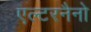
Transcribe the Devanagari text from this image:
एल्टरनैनो